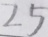
2 5